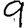
Digit: 9